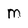
Character: m